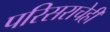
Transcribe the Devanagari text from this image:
परिसराचेही